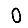
Digit: 0